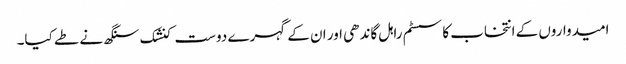
امیدواروں کے انتخاب کا سسٹم راہل گاندھی اور ان کے گہرے دوست کنشک سنگھ نے طے کیا۔